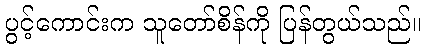
ပွင့်ကောင်းက သူတော်စိန်ကို ပြန်တွယ်သည်။